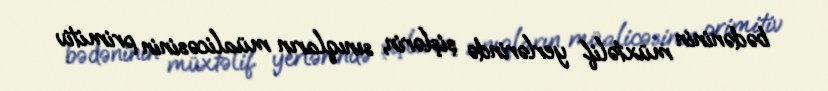
bədəninin müxtəlif yerlərində şişlərin, sınıqların müalicəsinin primitiv